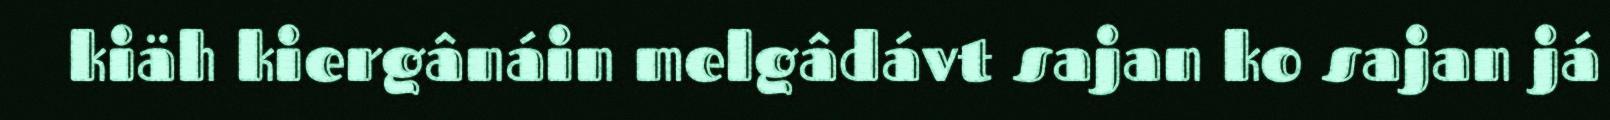
kiäh kiergânáin melgâdávt sajan ko sajan já